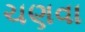
ચણવા